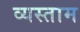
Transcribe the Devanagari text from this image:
व्यस्ताम